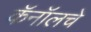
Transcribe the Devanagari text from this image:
कॅनॉलचे